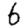
Digit: 6